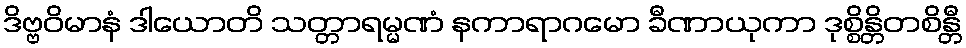
ဒိဗ္ဗဝိမာနံ ဒါယောတိ သတ္တာရမ္မဏံ နကာရာဂမော ခီဏာယုကာ ဒုစ္စိန္တိတစိန္တီ